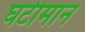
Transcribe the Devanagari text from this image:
घटीमान